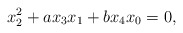
\begin{align*}x_2^2+ax_3x_1+bx_4x_0=0,\end{align*}